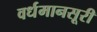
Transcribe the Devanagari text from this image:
वर्धमानसूरी